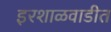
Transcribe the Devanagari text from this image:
इरशाळवाडीत